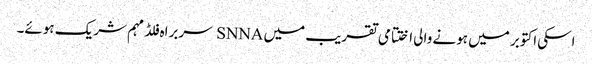
اسکی اکتوبر میں ہونے والی اختتامی تقریب میں SNNA سربراہ فلڈ مہم شریک ہوئے۔